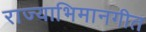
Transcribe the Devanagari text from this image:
राज्याभिमानगीत